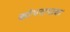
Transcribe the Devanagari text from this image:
खोपरापाक